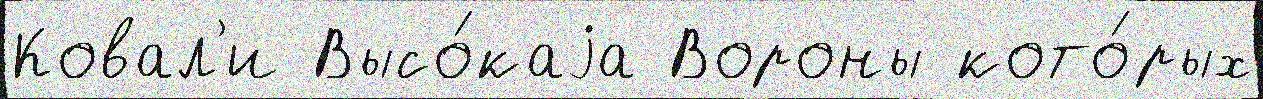
Ковал'и Высо́каjа Вороны кото́рых